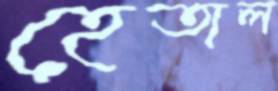
হেতাল